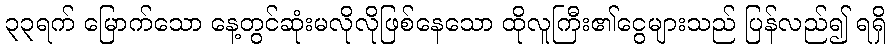
၃၃ရက် မြောက်သော နေ့တွင်ဆုံးမလိုလိုဖြစ်နေသော ထိုလူကြီး၏ငွေများသည် ပြန်လည်၍ ရရှိ